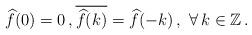
LaTeX: \begin{align*}\widehat{f}(0)=0\,,\overline{\widehat{f}(k)}=\widehat{f}(-k)\,,\,\,\forall\,k\in\mathbb Z\,.\end{align*}